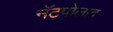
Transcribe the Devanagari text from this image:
नॅटपोलाद